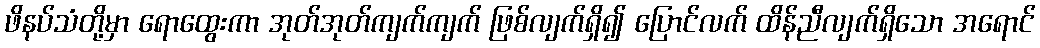
ဖိနပ်သံတို့မှာ ရောထွေးကာ အုတ်အုတ်ကျက်ကျက် ဖြစ်လျက်ရှိ၍ ပြောင်လက် ထိန်ညီလျက်ရှိသော အရောင်